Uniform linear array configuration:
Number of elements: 48
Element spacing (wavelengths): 0.75
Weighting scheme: hamming
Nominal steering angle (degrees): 15
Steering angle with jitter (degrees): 15.813
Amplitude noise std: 0.05
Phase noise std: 0.05

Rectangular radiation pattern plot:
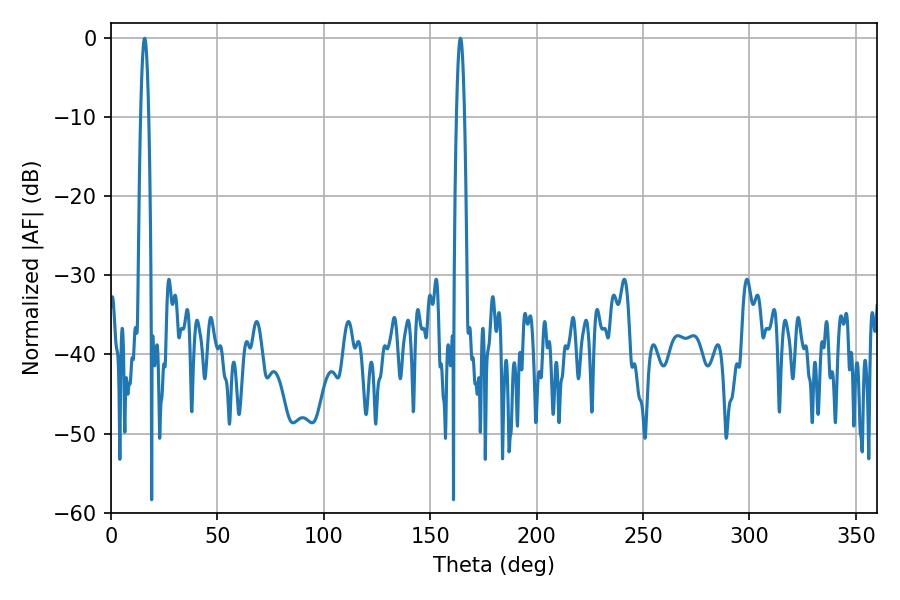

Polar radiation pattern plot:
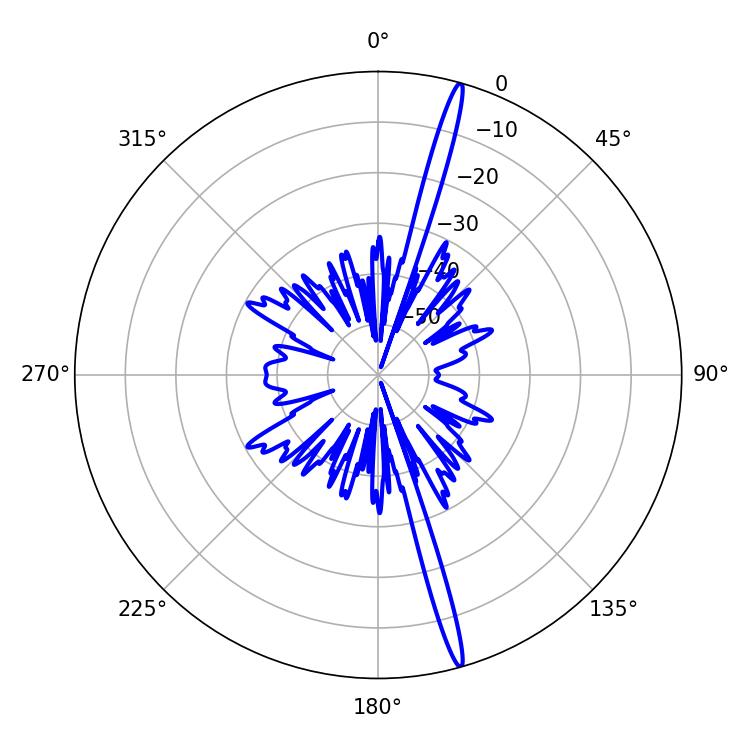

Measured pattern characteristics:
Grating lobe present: TRUE
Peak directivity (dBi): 19.662
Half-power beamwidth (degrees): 1.98
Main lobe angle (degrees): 164.16